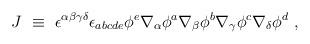
LaTeX: \begin{align*}J ~\equiv~\epsilon^{\alpha\beta\gamma\delta}\epsilon_{abcde} \phi^e\nabla_\alpha \phi^a \nabla_\beta \phi^b \nabla_\gamma \phi^c\nabla_\delta \phi^d ~,\end{align*}